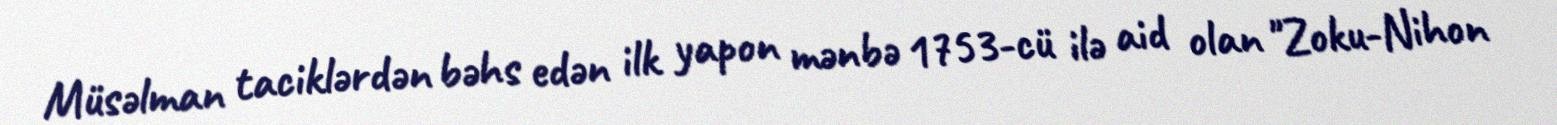
Müsəlman taciklərdən bəhs edən ilk yapon mənbə 1753-cü ilə aid olan "Zoku-Nihon